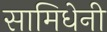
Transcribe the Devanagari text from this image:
सामिधेनी